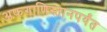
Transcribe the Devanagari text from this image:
अफगाणिस्तानपर्यंत